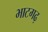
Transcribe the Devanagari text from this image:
भाटगढ़